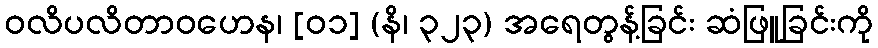
ဝလိပလိတာဝဟေန၊ [၀၁] (နိ၊ ၃၂၃) အရေတွန့်ခြင်း ဆံဖြူခြင်းကို